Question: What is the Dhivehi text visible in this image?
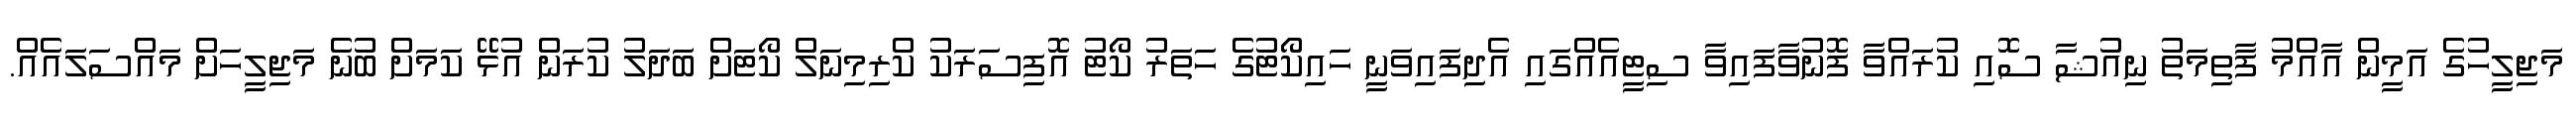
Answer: މަޖިލީހުގެ އަމީން އާއްމު ފާތިމަތު ނިއުޝާ ސޮއި ކުރައްވާ ފޮނުވާފައިވާ ސިޓީއެއްގައި އެދިފައިވަނީ ހައިކޯޓުގެ ހަތަރު ކޯޓު އޮފިސަރަކު ކްރިމިނަލް ކޯޓަށް ބަދަލު ކުރަން އުޅޭ ކަމަށް ބުނެ މަޖިލީހަށް މައްސަލައެއް.